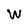
Character: W